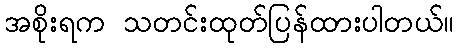
အစိုးရက သတင်းထုတ်ပြန်ထားပါတယ်။